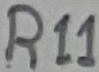
Text: R11